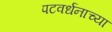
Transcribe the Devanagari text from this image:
पटवर्धनाच्या